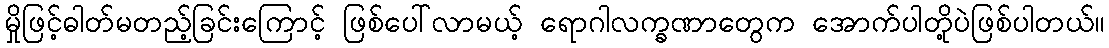
မှိုဖြင့်ဓါတ်မတည့်ခြင်းကြောင့် ဖြစ်ပေါ်လာမယ့် ရောဂါလက္ခဏာတွေက အောက်ပါတို့ပဲဖြစ်ပါတယ်။